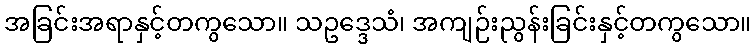
အခြင်းအရာနှင့်တကွသော။ သဥဒ္ဒေသံ၊ အကျဉ်းညွန်းခြင်းနှင့်တကွသော။